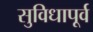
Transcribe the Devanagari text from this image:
सुविधापूर्व